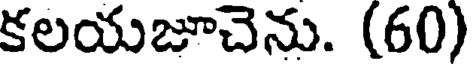
కలయజూచెను. (60)